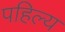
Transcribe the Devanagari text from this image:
पहिल्य